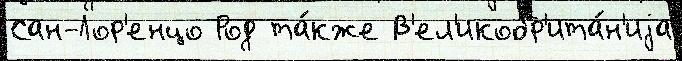
Сан-Лор'енцо Род та́кже В'ел'икобр'ита́н'иjа